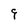
Character: 9